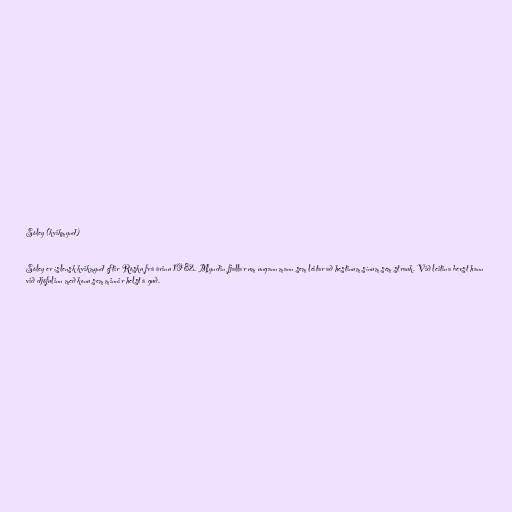
Sóley (kvikmynd)

Sóley er íslensk kvikmynd eftir Rósku frá árinu 1982. Myndin fjallar um ungann mann sem leitar að hestinum sínum sem strauk. Við leitina berst hann
við djöfulinn með konu sem minnir helst á guð.